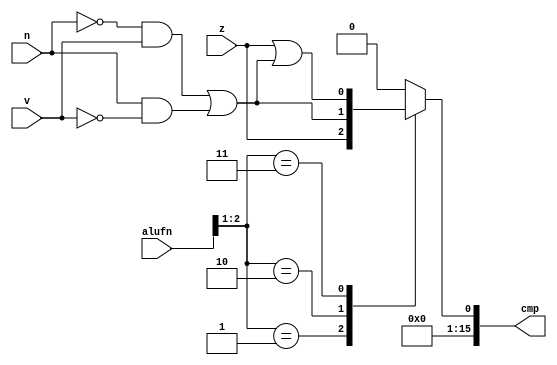
module compare16b_8 (
    input z,
    input v,
    input n,
    input [5:0] alufn,
    output reg [15:0] cmp
  );
  
  
  
  always @* begin
    cmp = 16'h0000;
    
    case (alufn[1+1-:2])
      2'h1: begin
        cmp[0+0-:1] = z;
      end
      2'h2: begin
        cmp[0+0-:1] = ~n & v | n & ~v;
      end
      2'h3: begin
        cmp[0+0-:1] = z | (~n & v | n & ~v);
      end
      default: begin
        cmp[0+0-:1] = 1'h0;
      end
    endcase
  end
endmodule